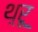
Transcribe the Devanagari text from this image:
थ़्रू